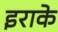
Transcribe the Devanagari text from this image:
इराके